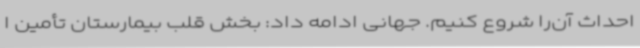
احداث آن‌را شروع کنیم. جهانی ادامه داد: بخش قلب بیمارستان تأمین ا